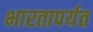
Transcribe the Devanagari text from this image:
भारतापर्यत